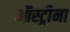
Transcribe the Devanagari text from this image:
ऑस्ट्रीना